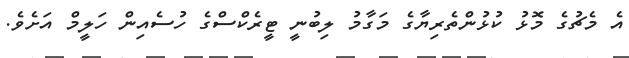
އެ މެޗުގެ މޮޅު ކުޅުންތެރިޔާގެ މަގާމު ލިބުނީ ޓީރެކްސްގެ ހުސެއިން ހަލީމް އަށެވެ.